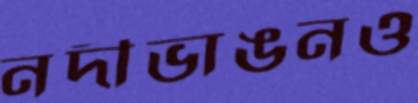
নদীভাঙনও